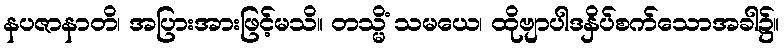
နပဇာနာတိ၊ အပြားအားဖြင့်မသိ။ တသ္မိံ သမယေ၊ ထိုဗျာပါဒနှိပ်စက်သောအခါ၌။